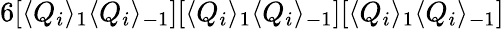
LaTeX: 6[\langle Q_{i}\rangle_{1}\langle Q_{i}\rangle_{-1}][\langle Q_{i}\rangle_{1}\langle Q_{i}\rangle_{-1}][\langle Q_{i}\rangle_{1}\langle Q_{i}\rangle_{-1}]